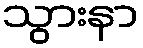
သွားနာ